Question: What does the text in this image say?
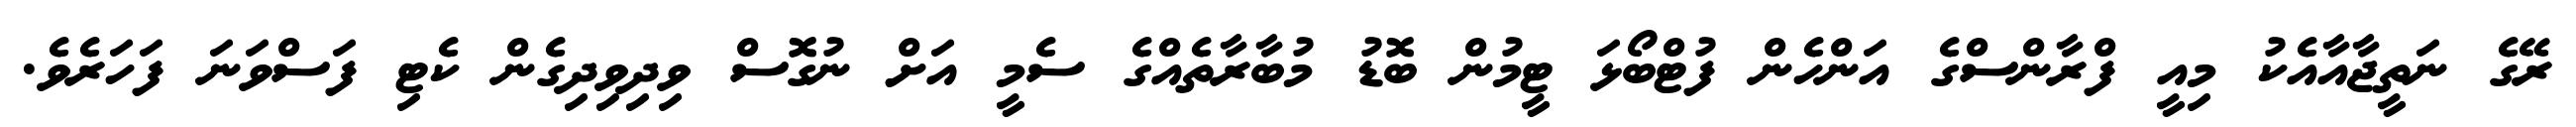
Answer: ރޭގެ ނަތީޖާއާއެކު މިއީ ފްރާންސްގެ އަންހެން ފުޓްބޯޅަ ޓީމުން ބޮޑު މުބާރާތެއްގެ ސެމީ އަށް ނުގޮސް ވިދިވިދިގެން ކެޓި ފަސްވަނަ ފަހަރެވެ.